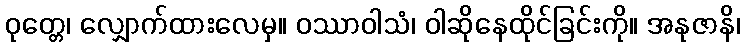
ဝုတ္တေ၊ လျှောက်ထားလေမှ။ ဝဿာဝါသံ၊ ဝါဆိုနေထိုင်ခြင်းကို။ အနုဇာနိ၊